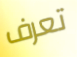
تعرف